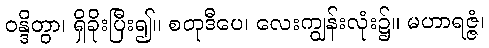
ဝန္ဒိတွာ၊ ရှိခိုးပြီး၍။ စတုဒီပေ၊ လေးကျွန်းလုံး၌။ မဟာရဇ္ဇံ၊